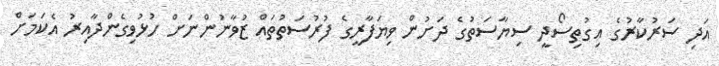
އަދި ސަރުކާރުގެ އިގުތިސޯދީ ސިޔާސަތުގެ ދަށުން ވިޔަފާރީގެ ފުރުސަތުތައް ޒުވާނުންނަށް ހުޅުވިގެންދާއިރު އެކަމަށް